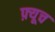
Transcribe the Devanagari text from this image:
फ़्यूच